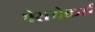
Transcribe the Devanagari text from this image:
पेसमेकर्स